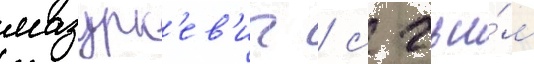
мазурк'ев'ич / с чьи́м